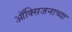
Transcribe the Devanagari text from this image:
ऑक्सिजनाच्या